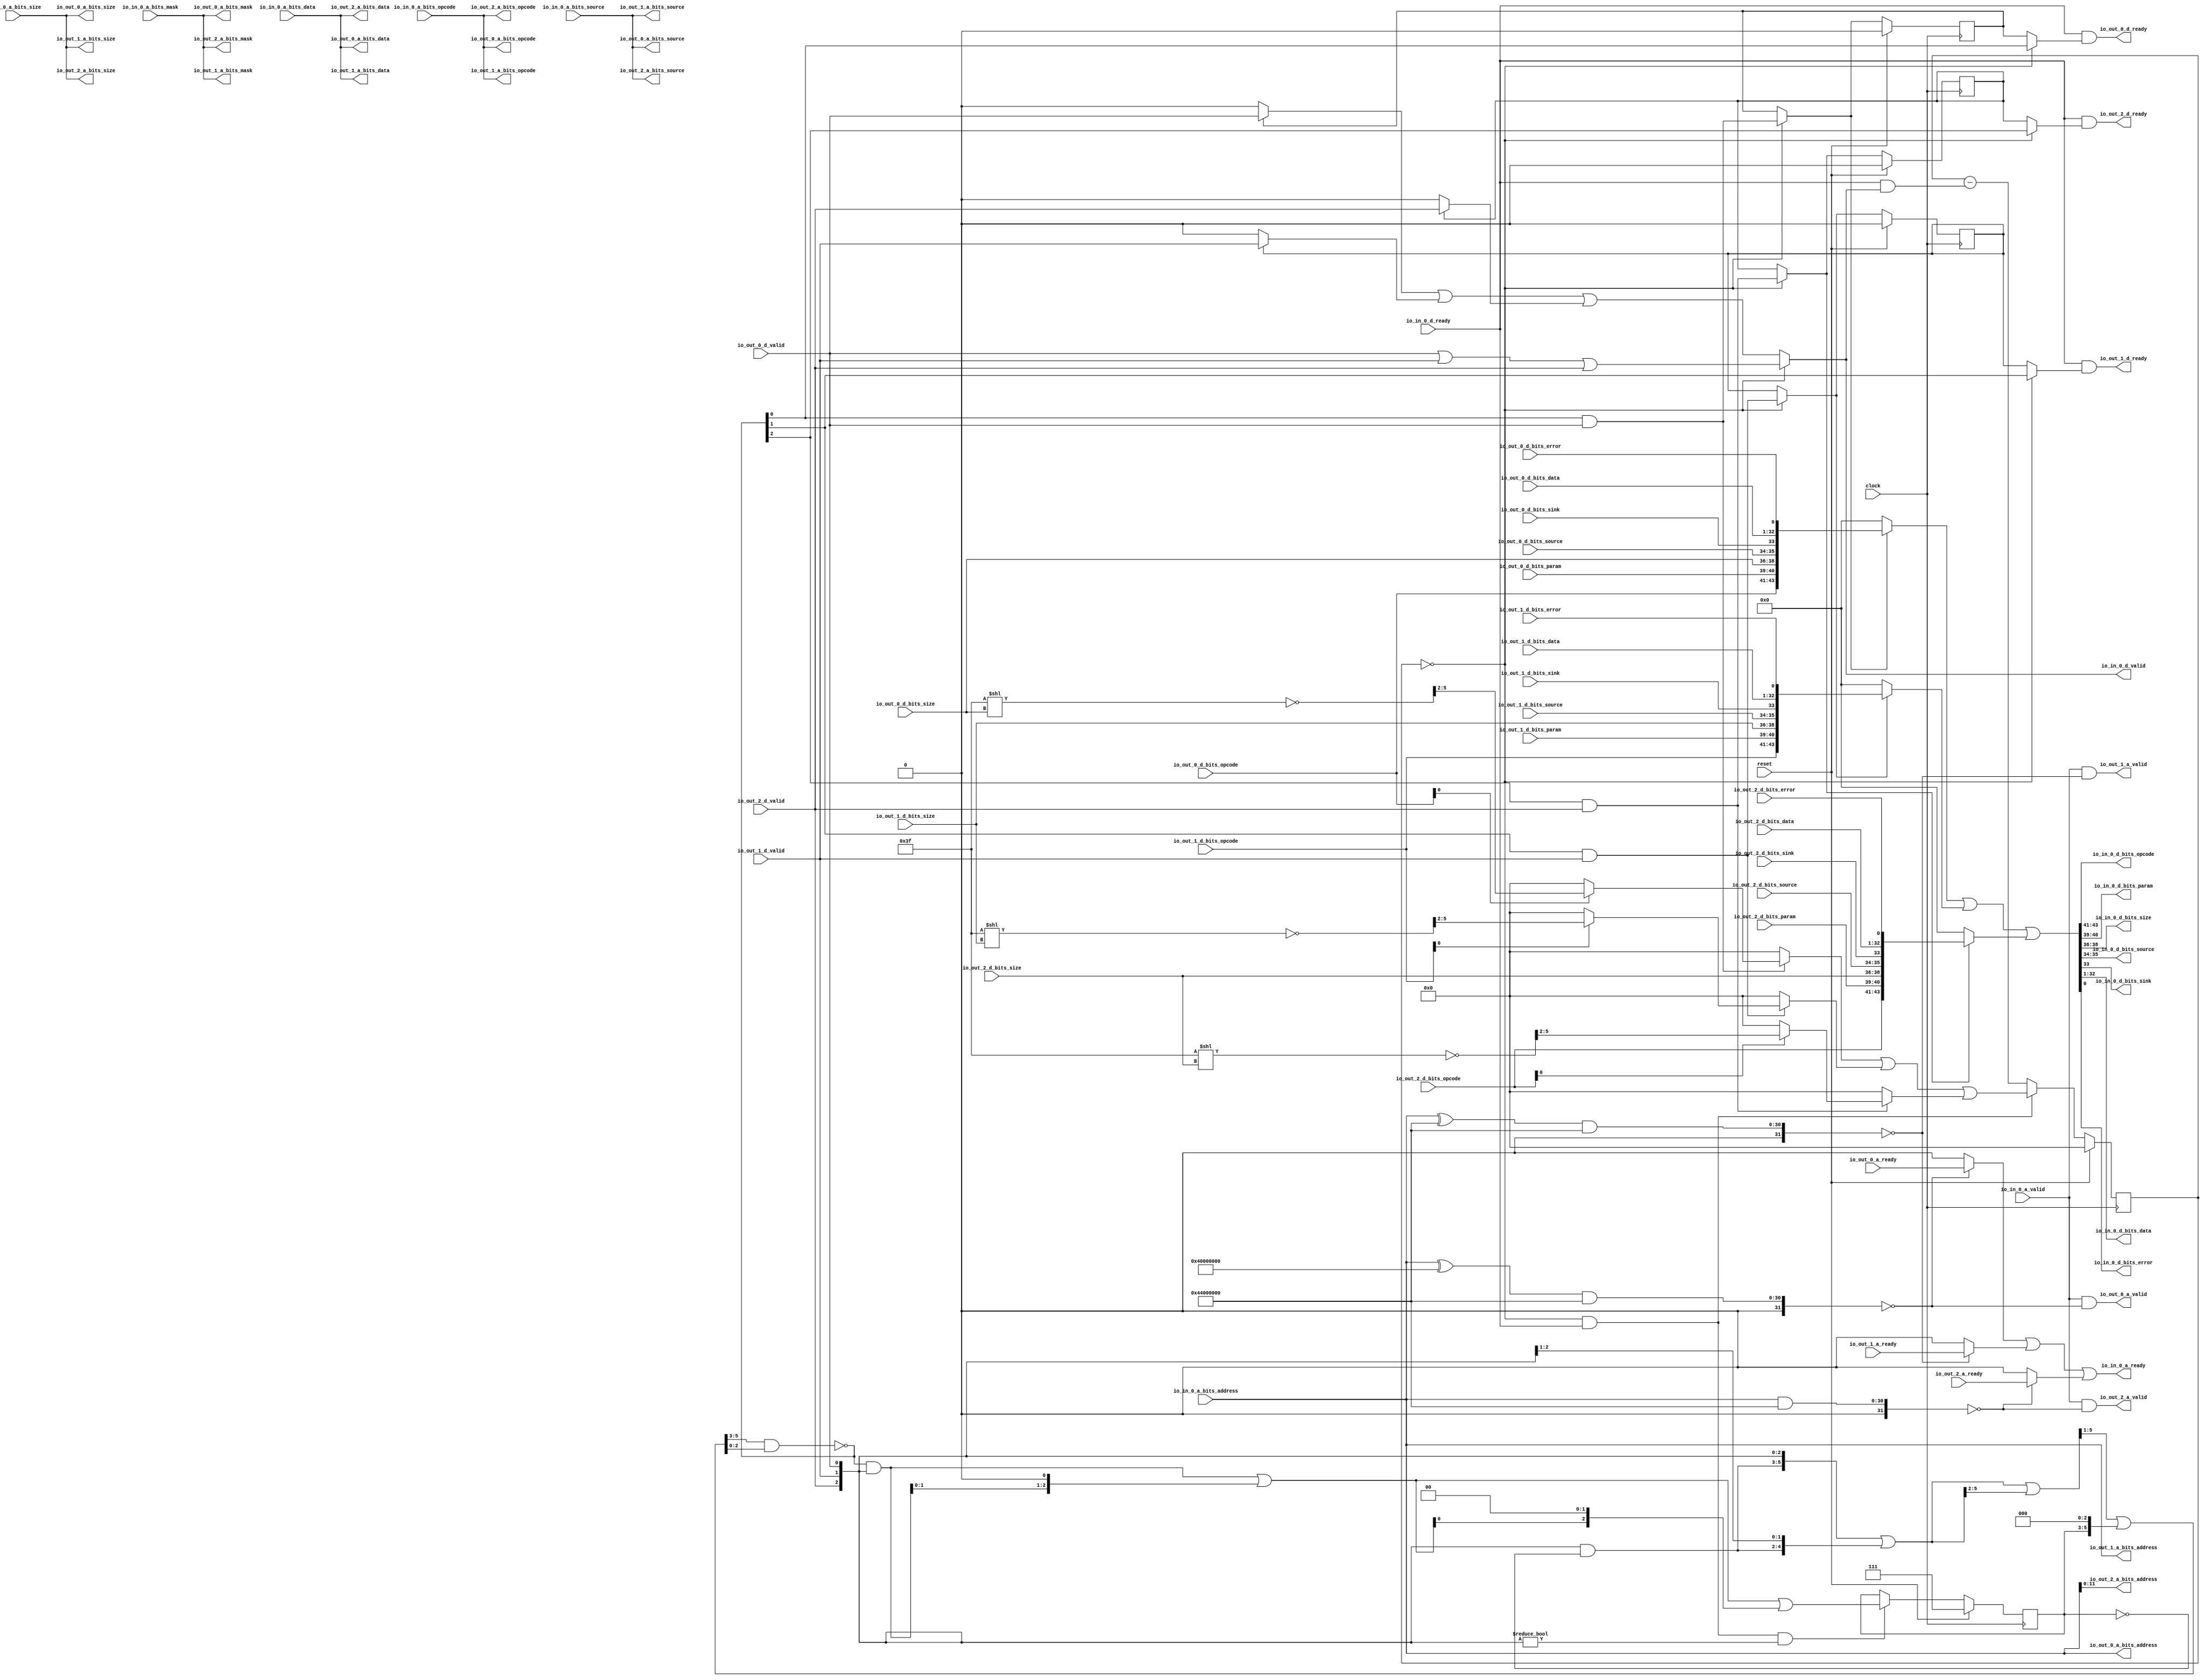
// Copyright (c) 2017, Microsemi Corporation
// All rights reserved.
//
// Redistribution and use in source and binary forms, with or without
// modification, are permitted provided that the following conditions are met:
//     * Redistributions of source code must retain the above copyright
//       notice, this list of conditions and the following disclaimer.
//     * Redistributions in binary form must reproduce the above copyright
//       notice, this list of conditions and the following disclaimer in the
//       documentation and/or other materials provided with the distribution.
//     * Neither the name of the <organization> nor the
//       names of its contributors may be used to endorse or promote products
//       derived from this software without specific prior written permission.
//
// THIS SOFTWARE IS PROVIDED BY THE COPYRIGHT HOLDERS AND CONTRIBUTORS "AS IS" AND
// ANY EXPRESS OR IMPLIED WARRANTIES, INCLUDING, BUT NOT LIMITED TO, THE IMPLIED
// WARRANTIES OF MERCHANTABILITY AND FITNESS FOR A PARTICULAR PURPOSE ARE
// DISCLAIMED. IN NO EVENT SHALL MICROSEMI CORPORATIONM BE LIABLE FOR ANY
// DIRECT, INDIRECT, INCIDENTAL, SPECIAL, EXEMPLARY, OR CONSEQUENTIAL DAMAGES
// (INCLUDING, BUT NOT LIMITED TO, PROCUREMENT OF SUBSTITUTE GOODS OR SERVICES;
// LOSS OF USE, DATA, OR PROFITS; OR BUSINESS INTERRUPTION) HOWEVER CAUSED AND
// ON ANY THEORY OF LIABILITY, WHETHER IN CONTRACT, STRICT LIABILITY, OR TORT
// (INCLUDING NEGLIGENCE OR OTHERWISE) ARISING IN ANY WAY OUT OF THE USE OF THIS
// SOFTWARE, EVEN IF ADVISED OF THE POSSIBILITY OF SUCH DAMAGE.
//
// APACHE LICENSE
// Copyright (c) 2017, Microsemi Corporation 
//
// Licensed under the Apache License, Version 2.0 (the "License");
// you may not use this file except in compliance with the License.
// You may obtain a copy of the License at
//
//    http://www.apache.org/licenses/LICENSE-2.0
//
// Unless required by applicable law or agreed to in writing, software
// distributed under the License is distributed on an "AS IS" BASIS,
// WITHOUT WARRANTIES OR CONDITIONS OF ANY KIND, either express or implied.
// See the License for the specific language governing permissions and
// limitations under the License.
//
// Description:
//
// SVN Revision Information:
// SVN $Revision: $
// SVN $Date: $
//
// Resolved SARs
// SAR      Date     Who   Description
//
// Notes:
//
// ****************************************************************************/
`define RANDOMIZE
`timescale 1ns/10ps
module PROC_SUBSYSTEM_MIV_RV32IMA_L1_AHB_0_MIV_RV32IMA_L1_AHB_TL_XBAR_PERIPHERY_BUS(
  input         clock,
  input         reset,
  output        io_in_0_a_ready,
  input         io_in_0_a_valid,
  input  [2:0]  io_in_0_a_bits_opcode,
  input  [2:0]  io_in_0_a_bits_size,
  input  [1:0]  io_in_0_a_bits_source,
  input  [30:0] io_in_0_a_bits_address,
  input  [3:0]  io_in_0_a_bits_mask,
  input  [31:0] io_in_0_a_bits_data,
  input         io_in_0_d_ready,
  output        io_in_0_d_valid,
  output [2:0]  io_in_0_d_bits_opcode,
  output [1:0]  io_in_0_d_bits_param,
  output [2:0]  io_in_0_d_bits_size,
  output [1:0]  io_in_0_d_bits_source,
  output        io_in_0_d_bits_sink,
  output [31:0] io_in_0_d_bits_data,
  output        io_in_0_d_bits_error,
  input         io_out_2_a_ready,
  output        io_out_2_a_valid,
  output [2:0]  io_out_2_a_bits_opcode,
  output [2:0]  io_out_2_a_bits_size,
  output [1:0]  io_out_2_a_bits_source,
  output [11:0] io_out_2_a_bits_address,
  output [3:0]  io_out_2_a_bits_mask,
  output [31:0] io_out_2_a_bits_data,
  output        io_out_2_d_ready,
  input         io_out_2_d_valid,
  input  [2:0]  io_out_2_d_bits_opcode,
  input  [1:0]  io_out_2_d_bits_param,
  input  [2:0]  io_out_2_d_bits_size,
  input  [1:0]  io_out_2_d_bits_source,
  input         io_out_2_d_bits_sink,
  input  [31:0] io_out_2_d_bits_data,
  input         io_out_2_d_bits_error,
  input         io_out_1_a_ready,
  output        io_out_1_a_valid,
  output [2:0]  io_out_1_a_bits_opcode,
  output [2:0]  io_out_1_a_bits_size,
  output [1:0]  io_out_1_a_bits_source,
  output [30:0] io_out_1_a_bits_address,
  output [3:0]  io_out_1_a_bits_mask,
  output [31:0] io_out_1_a_bits_data,
  output        io_out_1_d_ready,
  input         io_out_1_d_valid,
  input  [2:0]  io_out_1_d_bits_opcode,
  input  [1:0]  io_out_1_d_bits_param,
  input  [2:0]  io_out_1_d_bits_size,
  input  [1:0]  io_out_1_d_bits_source,
  input         io_out_1_d_bits_sink,
  input  [31:0] io_out_1_d_bits_data,
  input         io_out_1_d_bits_error,
  input         io_out_0_a_ready,
  output        io_out_0_a_valid,
  output [2:0]  io_out_0_a_bits_opcode,
  output [2:0]  io_out_0_a_bits_size,
  output [1:0]  io_out_0_a_bits_source,
  output [30:0] io_out_0_a_bits_address,
  output [3:0]  io_out_0_a_bits_mask,
  output [31:0] io_out_0_a_bits_data,
  output        io_out_0_d_ready,
  input         io_out_0_d_valid,
  input  [2:0]  io_out_0_d_bits_opcode,
  input  [1:0]  io_out_0_d_bits_param,
  input  [2:0]  io_out_0_d_bits_size,
  input  [1:0]  io_out_0_d_bits_source,
  input         io_out_0_d_bits_sink,
  input  [31:0] io_out_0_d_bits_data,
  input         io_out_0_d_bits_error
);
  wire [30:0] _T_756;
  wire [31:0] _T_757;
  wire [31:0] _T_759;
  wire [31:0] _T_760;
  wire  _T_762;
  wire [30:0] _T_764;
  wire [31:0] _T_765;
  wire [31:0] _T_767;
  wire [31:0] _T_768;
  wire  _T_770;
  wire [31:0] _T_773;
  wire [31:0] _T_775;
  wire [31:0] _T_776;
  wire  _T_778;
  wire [12:0] _T_1364;
  wire [5:0] _T_1365;
  wire [5:0] _T_1366;
  wire [3:0] _T_1367;
  wire  _T_1368;
  wire [3:0] _T_1370;
  wire [12:0] _T_1373;
  wire [5:0] _T_1374;
  wire [5:0] _T_1375;
  wire [3:0] _T_1376;
  wire  _T_1377;
  wire [3:0] _T_1379;
  wire [12:0] _T_1382;
  wire [5:0] _T_1383;
  wire [5:0] _T_1384;
  wire [3:0] _T_1385;
  wire  _T_1386;
  wire [3:0] _T_1388;
  wire  _T_1446;
  wire  _T_1447;
  wire  _T_1448;
  wire  _T_1451;
  wire  _T_1453;
  wire  _T_1455;
  wire  _T_1456;
  wire  _T_1457;
  wire  _T_1752;
  wire  _T_1759;
  wire  _T_1760;
  wire  _T_1762;
  wire  _T_1826;
  wire  _T_1833;
  wire  _T_1834;
  wire  _T_1836;
  wire  _T_1900;
  wire  _T_1907;
  wire  _T_1908;
  wire  _T_1910;
  reg [3:0] _T_1951;
  reg [31:0] _RAND_0;
  wire  _T_1953;
  wire  _T_1954;
  wire [1:0] _T_1955;
  wire [2:0] _T_1956;
  wire  _T_1958;
  wire  _T_1959;
  wire  _T_1961;
  reg [2:0] _T_1965;
  reg [31:0] _RAND_1;
  wire [2:0] _T_1966;
  wire [2:0] _T_1967;
  wire [5:0] _T_1968;
  wire [4:0] _T_1969;
  wire [5:0] _GEN_4;
  wire [5:0] _T_1970;
  wire [3:0] _T_1971;
  wire [5:0] _GEN_5;
  wire [5:0] _T_1972;
  wire [4:0] _T_1974;
  wire [5:0] _GEN_6;
  wire [5:0] _T_1975;
  wire [5:0] _GEN_7;
  wire [5:0] _T_1976;
  wire [2:0] _T_1977;
  wire [2:0] _T_1978;
  wire [2:0] _T_1979;
  wire [2:0] _T_1980;
  wire  _T_1982;
  wire  _T_1983;
  wire [2:0] _T_1984;
  wire [3:0] _GEN_8;
  wire [3:0] _T_1985;
  wire [2:0] _T_1986;
  wire [2:0] _T_1987;
  wire [4:0] _GEN_9;
  wire [4:0] _T_1988;
  wire [2:0] _T_1989;
  wire [2:0] _T_1990;
  wire [2:0] _GEN_0;
  wire  _T_1993;
  wire  _T_1994;
  wire  _T_1995;
  wire  _T_2004;
  wire  _T_2005;
  wire  _T_2006;
  wire  _T_2017;
  wire  _T_2018;
  wire  _T_2022;
  wire  _T_2027;
  wire  _T_2028;
  wire  _T_2030;
  wire  _T_2032;
  wire  _T_2033;
  wire  _T_2035;
  wire  _T_2036;
  wire  _T_2038;
  wire  _T_2039;
  wire  _T_2040;
  wire  _T_2042;
  wire  _T_2045;
  wire  _T_2046;
  wire  _T_2048;
  wire [3:0] _T_2050;
  wire [3:0] _T_2052;
  wire [3:0] _T_2054;
  wire [3:0] _T_2055;
  wire [3:0] _T_2056;
  wire  _T_2057;
  wire [3:0] _GEN_10;
  wire [4:0] _T_2058;
  wire [4:0] _T_2059;
  wire [3:0] _T_2060;
  wire [3:0] _T_2061;
  reg  _T_2083_0;
  reg [31:0] _RAND_2;
  reg  _T_2083_1;
  reg [31:0] _RAND_3;
  reg  _T_2083_2;
  reg [31:0] _RAND_4;
  wire  _T_2097_0;
  wire  _T_2097_1;
  wire  _T_2097_2;
  wire  _T_2107_0;
  wire  _T_2107_1;
  wire  _T_2107_2;
  wire  _T_2117;
  wire  _T_2118;
  wire  _T_2119;
  wire  _T_2124;
  wire  _T_2126;
  wire  _T_2128;
  wire  _T_2129;
  wire  _T_2130;
  wire  _T_2133;
  wire [32:0] _T_2135;
  wire [33:0] _T_2136;
  wire [4:0] _T_2137;
  wire [4:0] _T_2138;
  wire [9:0] _T_2139;
  wire [43:0] _T_2140;
  wire [43:0] _T_2142;
  wire [32:0] _T_2143;
  wire [33:0] _T_2144;
  wire [4:0] _T_2145;
  wire [4:0] _T_2146;
  wire [9:0] _T_2147;
  wire [43:0] _T_2148;
  wire [43:0] _T_2150;
  wire [32:0] _T_2151;
  wire [33:0] _T_2152;
  wire [4:0] _T_2153;
  wire [4:0] _T_2154;
  wire [9:0] _T_2155;
  wire [43:0] _T_2156;
  wire [43:0] _T_2158;
  wire [43:0] _T_2159;
  wire [43:0] _T_2160;
  wire  _T_2165;
  wire [31:0] _T_2166;
  wire  _T_2167;
  wire [1:0] _T_2168;
  wire [2:0] _T_2169;
  wire [1:0] _T_2170;
  wire [2:0] _T_2171;
  assign io_in_0_a_ready = _T_1457;
  assign io_in_0_d_valid = _T_2133;
  assign io_in_0_d_bits_opcode = _T_2171;
  assign io_in_0_d_bits_param = _T_2170;
  assign io_in_0_d_bits_size = _T_2169;
  assign io_in_0_d_bits_source = _T_2168;
  assign io_in_0_d_bits_sink = _T_2167;
  assign io_in_0_d_bits_data = _T_2166;
  assign io_in_0_d_bits_error = _T_2165;
  assign io_out_2_a_valid = _T_1448;
  assign io_out_2_a_bits_opcode = io_in_0_a_bits_opcode;
  assign io_out_2_a_bits_size = io_in_0_a_bits_size;
  assign io_out_2_a_bits_source = io_in_0_a_bits_source;
  assign io_out_2_a_bits_address = io_in_0_a_bits_address[11:0];
  assign io_out_2_a_bits_mask = io_in_0_a_bits_mask;
  assign io_out_2_a_bits_data = io_in_0_a_bits_data;
  assign io_out_2_d_ready = _T_2119;
  assign io_out_1_a_valid = _T_1447;
  assign io_out_1_a_bits_opcode = io_in_0_a_bits_opcode;
  assign io_out_1_a_bits_size = io_in_0_a_bits_size;
  assign io_out_1_a_bits_source = io_in_0_a_bits_source;
  assign io_out_1_a_bits_address = io_in_0_a_bits_address;
  assign io_out_1_a_bits_mask = io_in_0_a_bits_mask;
  assign io_out_1_a_bits_data = io_in_0_a_bits_data;
  assign io_out_1_d_ready = _T_2118;
  assign io_out_0_a_valid = _T_1446;
  assign io_out_0_a_bits_opcode = io_in_0_a_bits_opcode;
  assign io_out_0_a_bits_size = io_in_0_a_bits_size;
  assign io_out_0_a_bits_source = io_in_0_a_bits_source;
  assign io_out_0_a_bits_address = io_in_0_a_bits_address;
  assign io_out_0_a_bits_mask = io_in_0_a_bits_mask;
  assign io_out_0_a_bits_data = io_in_0_a_bits_data;
  assign io_out_0_d_ready = _T_2117;
  assign _T_756 = io_in_0_a_bits_address ^ 31'h40000000;
  assign _T_757 = {1'b0,$signed(_T_756)};
  assign _T_759 = $signed(_T_757) & $signed(32'sh44000000);
  assign _T_760 = $signed(_T_759);
  assign _T_762 = $signed(_T_760) == $signed(32'sh0);
  assign _T_764 = io_in_0_a_bits_address ^ 31'h44000000;
  assign _T_765 = {1'b0,$signed(_T_764)};
  assign _T_767 = $signed(_T_765) & $signed(32'sh44000000);
  assign _T_768 = $signed(_T_767);
  assign _T_770 = $signed(_T_768) == $signed(32'sh0);
  assign _T_773 = {1'b0,$signed(io_in_0_a_bits_address)};
  assign _T_775 = $signed(_T_773) & $signed(32'sh44000000);
  assign _T_776 = $signed(_T_775);
  assign _T_778 = $signed(_T_776) == $signed(32'sh0);
  assign _T_1364 = 13'h3f << io_out_0_d_bits_size;
  assign _T_1365 = _T_1364[5:0];
  assign _T_1366 = ~ _T_1365;
  assign _T_1367 = _T_1366[5:2];
  assign _T_1368 = io_out_0_d_bits_opcode[0];
  assign _T_1370 = _T_1368 ? _T_1367 : 4'h0;
  assign _T_1373 = 13'h3f << io_out_1_d_bits_size;
  assign _T_1374 = _T_1373[5:0];
  assign _T_1375 = ~ _T_1374;
  assign _T_1376 = _T_1375[5:2];
  assign _T_1377 = io_out_1_d_bits_opcode[0];
  assign _T_1379 = _T_1377 ? _T_1376 : 4'h0;
  assign _T_1382 = 13'h3f << io_out_2_d_bits_size;
  assign _T_1383 = _T_1382[5:0];
  assign _T_1384 = ~ _T_1383;
  assign _T_1385 = _T_1384[5:2];
  assign _T_1386 = io_out_2_d_bits_opcode[0];
  assign _T_1388 = _T_1386 ? _T_1385 : 4'h0;
  assign _T_1446 = io_in_0_a_valid & _T_762;
  assign _T_1447 = io_in_0_a_valid & _T_770;
  assign _T_1448 = io_in_0_a_valid & _T_778;
  assign _T_1451 = _T_762 ? io_out_0_a_ready : 1'h0;
  assign _T_1453 = _T_770 ? io_out_1_a_ready : 1'h0;
  assign _T_1455 = _T_778 ? io_out_2_a_ready : 1'h0;
  assign _T_1456 = _T_1451 | _T_1453;
  assign _T_1457 = _T_1456 | _T_1455;
  assign _T_1752 = _T_1446 == 1'h0;
  assign _T_1759 = _T_1752 | _T_1446;
  assign _T_1760 = _T_1759 | reset;
  assign _T_1762 = _T_1760 == 1'h0;
  assign _T_1826 = _T_1447 == 1'h0;
  assign _T_1833 = _T_1826 | _T_1447;
  assign _T_1834 = _T_1833 | reset;
  assign _T_1836 = _T_1834 == 1'h0;
  assign _T_1900 = _T_1448 == 1'h0;
  assign _T_1907 = _T_1900 | _T_1448;
  assign _T_1908 = _T_1907 | reset;
  assign _T_1910 = _T_1908 == 1'h0;
  assign _T_1953 = _T_1951 == 4'h0;
  assign _T_1954 = _T_1953 & io_in_0_d_ready;
  assign _T_1955 = {io_out_2_d_valid,io_out_1_d_valid};
  assign _T_1956 = {_T_1955,io_out_0_d_valid};
  assign _T_1958 = _T_1956 == _T_1956;
  assign _T_1959 = _T_1958 | reset;
  assign _T_1961 = _T_1959 == 1'h0;
  assign _T_1966 = ~ _T_1965;
  assign _T_1967 = _T_1956 & _T_1966;
  assign _T_1968 = {_T_1967,_T_1956};
  assign _T_1969 = _T_1968[5:1];
  assign _GEN_4 = {{1'd0}, _T_1969};
  assign _T_1970 = _T_1968 | _GEN_4;
  assign _T_1971 = _T_1970[5:2];
  assign _GEN_5 = {{2'd0}, _T_1971};
  assign _T_1972 = _T_1970 | _GEN_5;
  assign _T_1974 = _T_1972[5:1];
  assign _GEN_6 = {{3'd0}, _T_1965};
  assign _T_1975 = _GEN_6 << 3;
  assign _GEN_7 = {{1'd0}, _T_1974};
  assign _T_1976 = _GEN_7 | _T_1975;
  assign _T_1977 = _T_1976[5:3];
  assign _T_1978 = _T_1976[2:0];
  assign _T_1979 = _T_1977 & _T_1978;
  assign _T_1980 = ~ _T_1979;
  assign _T_1982 = _T_1956 != 3'h0;
  assign _T_1983 = _T_1954 & _T_1982;
  assign _T_1984 = _T_1980 & _T_1956;
  assign _GEN_8 = {{1'd0}, _T_1984};
  assign _T_1985 = _GEN_8 << 1;
  assign _T_1986 = _T_1985[2:0];
  assign _T_1987 = _T_1984 | _T_1986;
  assign _GEN_9 = {{2'd0}, _T_1987};
  assign _T_1988 = _GEN_9 << 2;
  assign _T_1989 = _T_1988[2:0];
  assign _T_1990 = _T_1987 | _T_1989;
  assign _GEN_0 = _T_1983 ? _T_1990 : _T_1965;
  assign _T_1993 = _T_1980[0];
  assign _T_1994 = _T_1980[1];
  assign _T_1995 = _T_1980[2];
  assign _T_2004 = _T_1993 & io_out_0_d_valid;
  assign _T_2005 = _T_1994 & io_out_1_d_valid;
  assign _T_2006 = _T_1995 & io_out_2_d_valid;
  assign _T_2017 = _T_2004 | _T_2005;
  assign _T_2018 = _T_2017 | _T_2006;
  assign _T_2022 = _T_2004 == 1'h0;
  assign _T_2027 = _T_2005 == 1'h0;
  assign _T_2028 = _T_2022 | _T_2027;
  assign _T_2030 = _T_2017 == 1'h0;
  assign _T_2032 = _T_2006 == 1'h0;
  assign _T_2033 = _T_2030 | _T_2032;
  assign _T_2035 = _T_2028 & _T_2033;
  assign _T_2036 = _T_2035 | reset;
  assign _T_2038 = _T_2036 == 1'h0;
  assign _T_2039 = io_out_0_d_valid | io_out_1_d_valid;
  assign _T_2040 = _T_2039 | io_out_2_d_valid;
  assign _T_2042 = _T_2040 == 1'h0;
  assign _T_2045 = _T_2042 | _T_2018;
  assign _T_2046 = _T_2045 | reset;
  assign _T_2048 = _T_2046 == 1'h0;
  assign _T_2050 = _T_2004 ? _T_1370 : 4'h0;
  assign _T_2052 = _T_2005 ? _T_1379 : 4'h0;
  assign _T_2054 = _T_2006 ? _T_1388 : 4'h0;
  assign _T_2055 = _T_2050 | _T_2052;
  assign _T_2056 = _T_2055 | _T_2054;
  assign _T_2057 = io_in_0_d_ready & _T_2133;
  assign _GEN_10 = {{3'd0}, _T_2057};
  assign _T_2058 = _T_1951 - _GEN_10;
  assign _T_2059 = $unsigned(_T_2058);
  assign _T_2060 = _T_2059[3:0];
  assign _T_2061 = _T_1954 ? _T_2056 : _T_2060;
  assign _T_2097_0 = _T_1953 ? _T_2004 : _T_2083_0;
  assign _T_2097_1 = _T_1953 ? _T_2005 : _T_2083_1;
  assign _T_2097_2 = _T_1953 ? _T_2006 : _T_2083_2;
  assign _T_2107_0 = _T_1953 ? _T_1993 : _T_2083_0;
  assign _T_2107_1 = _T_1953 ? _T_1994 : _T_2083_1;
  assign _T_2107_2 = _T_1953 ? _T_1995 : _T_2083_2;
  assign _T_2117 = io_in_0_d_ready & _T_2107_0;
  assign _T_2118 = io_in_0_d_ready & _T_2107_1;
  assign _T_2119 = io_in_0_d_ready & _T_2107_2;
  assign _T_2124 = _T_2083_0 ? io_out_0_d_valid : 1'h0;
  assign _T_2126 = _T_2083_1 ? io_out_1_d_valid : 1'h0;
  assign _T_2128 = _T_2083_2 ? io_out_2_d_valid : 1'h0;
  assign _T_2129 = _T_2124 | _T_2126;
  assign _T_2130 = _T_2129 | _T_2128;
  assign _T_2133 = _T_1953 ? _T_2040 : _T_2130;
  assign _T_2135 = {io_out_0_d_bits_sink,io_out_0_d_bits_data};
  assign _T_2136 = {_T_2135,io_out_0_d_bits_error};
  assign _T_2137 = {io_out_0_d_bits_size,io_out_0_d_bits_source};
  assign _T_2138 = {io_out_0_d_bits_opcode,io_out_0_d_bits_param};
  assign _T_2139 = {_T_2138,_T_2137};
  assign _T_2140 = {_T_2139,_T_2136};
  assign _T_2142 = _T_2097_0 ? _T_2140 : 44'h0;
  assign _T_2143 = {io_out_1_d_bits_sink,io_out_1_d_bits_data};
  assign _T_2144 = {_T_2143,io_out_1_d_bits_error};
  assign _T_2145 = {io_out_1_d_bits_size,io_out_1_d_bits_source};
  assign _T_2146 = {io_out_1_d_bits_opcode,io_out_1_d_bits_param};
  assign _T_2147 = {_T_2146,_T_2145};
  assign _T_2148 = {_T_2147,_T_2144};
  assign _T_2150 = _T_2097_1 ? _T_2148 : 44'h0;
  assign _T_2151 = {io_out_2_d_bits_sink,io_out_2_d_bits_data};
  assign _T_2152 = {_T_2151,io_out_2_d_bits_error};
  assign _T_2153 = {io_out_2_d_bits_size,io_out_2_d_bits_source};
  assign _T_2154 = {io_out_2_d_bits_opcode,io_out_2_d_bits_param};
  assign _T_2155 = {_T_2154,_T_2153};
  assign _T_2156 = {_T_2155,_T_2152};
  assign _T_2158 = _T_2097_2 ? _T_2156 : 44'h0;
  assign _T_2159 = _T_2142 | _T_2150;
  assign _T_2160 = _T_2159 | _T_2158;
  assign _T_2165 = _T_2160[0];
  assign _T_2166 = _T_2160[32:1];
  assign _T_2167 = _T_2160[33];
  assign _T_2168 = _T_2160[35:34];
  assign _T_2169 = _T_2160[38:36];
  assign _T_2170 = _T_2160[40:39];
  assign _T_2171 = _T_2160[43:41];
`ifdef RANDOMIZE
  integer initvar;
  initial begin
    `ifndef verilator
      #0.002 begin end
    `endif
  `ifdef RANDOMIZE_REG_INIT
  _RAND_0 = {1{$random}};
  _T_1951 = _RAND_0[3:0];
  `endif // RANDOMIZE_REG_INIT
  `ifdef RANDOMIZE_REG_INIT
  _RAND_1 = {1{$random}};
  _T_1965 = _RAND_1[2:0];
  `endif // RANDOMIZE_REG_INIT
  `ifdef RANDOMIZE_REG_INIT
  _RAND_2 = {1{$random}};
  _T_2083_0 = _RAND_2[0:0];
  `endif // RANDOMIZE_REG_INIT
  `ifdef RANDOMIZE_REG_INIT
  _RAND_3 = {1{$random}};
  _T_2083_1 = _RAND_3[0:0];
  `endif // RANDOMIZE_REG_INIT
  `ifdef RANDOMIZE_REG_INIT
  _RAND_4 = {1{$random}};
  _T_2083_2 = _RAND_4[0:0];
  `endif // RANDOMIZE_REG_INIT
  end
`endif // RANDOMIZE
  always @(posedge clock) begin
    if (reset) begin
      _T_1951 <= 4'h0;
    end else begin
      if (_T_1954) begin
        _T_1951 <= _T_2056;
      end else begin
        _T_1951 <= _T_2060;
      end
    end
    if (reset) begin
      _T_1965 <= 3'h7;
    end else begin
      if (_T_1983) begin
        _T_1965 <= _T_1990;
      end
    end
    if (reset) begin
      _T_2083_0 <= 1'h0;
    end else begin
      if (_T_1953) begin
        _T_2083_0 <= _T_2004;
      end
    end
    if (reset) begin
      _T_2083_1 <= 1'h0;
    end else begin
      if (_T_1953) begin
        _T_2083_1 <= _T_2005;
      end
    end
    if (reset) begin
      _T_2083_2 <= 1'h0;
    end else begin
      if (_T_1953) begin
        _T_2083_2 <= _T_2006;
      end
    end
    `ifndef SYNTHESIS
    `ifdef PRINTF_COND
      if (`PRINTF_COND) begin
    `endif
        if (1'h0) begin
          $fwrite(32'h80000002,"Assertion failed\n    at Arbiter.scala:66 assert((prefixOR zip winner) map { case (p,w) => !p || !w } reduce {_ && _})\n");
        end
    `ifdef PRINTF_COND
      end
    `endif
    `endif // SYNTHESIS
    `ifndef SYNTHESIS
    `ifdef STOP_COND
      if (`STOP_COND) begin
    `endif
        if (1'h0) begin
          $fatal;
        end
    `ifdef STOP_COND
      end
    `endif
    `endif // SYNTHESIS
    `ifndef SYNTHESIS
    `ifdef PRINTF_COND
      if (`PRINTF_COND) begin
    `endif
        if (_T_1762) begin
          $fwrite(32'h80000002,"Assertion failed\n    at Arbiter.scala:68 assert (!valids.reduce(_||_) || winner.reduce(_||_))\n");
        end
    `ifdef PRINTF_COND
      end
    `endif
    `endif // SYNTHESIS
    `ifndef SYNTHESIS
    `ifdef STOP_COND
      if (`STOP_COND) begin
    `endif
        if (_T_1762) begin
          $fatal;
        end
    `ifdef STOP_COND
      end
    `endif
    `endif // SYNTHESIS
    `ifndef SYNTHESIS
    `ifdef PRINTF_COND
      if (`PRINTF_COND) begin
    `endif
        if (1'h0) begin
          $fwrite(32'h80000002,"Assertion failed\n    at Arbiter.scala:66 assert((prefixOR zip winner) map { case (p,w) => !p || !w } reduce {_ && _})\n");
        end
    `ifdef PRINTF_COND
      end
    `endif
    `endif // SYNTHESIS
    `ifndef SYNTHESIS
    `ifdef STOP_COND
      if (`STOP_COND) begin
    `endif
        if (1'h0) begin
          $fatal;
        end
    `ifdef STOP_COND
      end
    `endif
    `endif // SYNTHESIS
    `ifndef SYNTHESIS
    `ifdef PRINTF_COND
      if (`PRINTF_COND) begin
    `endif
        if (_T_1836) begin
          $fwrite(32'h80000002,"Assertion failed\n    at Arbiter.scala:68 assert (!valids.reduce(_||_) || winner.reduce(_||_))\n");
        end
    `ifdef PRINTF_COND
      end
    `endif
    `endif // SYNTHESIS
    `ifndef SYNTHESIS
    `ifdef STOP_COND
      if (`STOP_COND) begin
    `endif
        if (_T_1836) begin
          $fatal;
        end
    `ifdef STOP_COND
      end
    `endif
    `endif // SYNTHESIS
    `ifndef SYNTHESIS
    `ifdef PRINTF_COND
      if (`PRINTF_COND) begin
    `endif
        if (1'h0) begin
          $fwrite(32'h80000002,"Assertion failed\n    at Arbiter.scala:66 assert((prefixOR zip winner) map { case (p,w) => !p || !w } reduce {_ && _})\n");
        end
    `ifdef PRINTF_COND
      end
    `endif
    `endif // SYNTHESIS
    `ifndef SYNTHESIS
    `ifdef STOP_COND
      if (`STOP_COND) begin
    `endif
        if (1'h0) begin
          $fatal;
        end
    `ifdef STOP_COND
      end
    `endif
    `endif // SYNTHESIS
    `ifndef SYNTHESIS
    `ifdef PRINTF_COND
      if (`PRINTF_COND) begin
    `endif
        if (_T_1910) begin
          $fwrite(32'h80000002,"Assertion failed\n    at Arbiter.scala:68 assert (!valids.reduce(_||_) || winner.reduce(_||_))\n");
        end
    `ifdef PRINTF_COND
      end
    `endif
    `endif // SYNTHESIS
    `ifndef SYNTHESIS
    `ifdef STOP_COND
      if (`STOP_COND) begin
    `endif
        if (_T_1910) begin
          $fatal;
        end
    `ifdef STOP_COND
      end
    `endif
    `endif // SYNTHESIS
    `ifndef SYNTHESIS
    `ifdef PRINTF_COND
      if (`PRINTF_COND) begin
    `endif
        if (_T_1961) begin
          $fwrite(32'h80000002,"Assertion failed\n    at Arbiter.scala:19 assert (valid === valids)\n");
        end
    `ifdef PRINTF_COND
      end
    `endif
    `endif // SYNTHESIS
    `ifndef SYNTHESIS
    `ifdef STOP_COND
      if (`STOP_COND) begin
    `endif
        if (_T_1961) begin
          $fatal;
        end
    `ifdef STOP_COND
      end
    `endif
    `endif // SYNTHESIS
    `ifndef SYNTHESIS
    `ifdef PRINTF_COND
      if (`PRINTF_COND) begin
    `endif
        if (_T_2038) begin
          $fwrite(32'h80000002,"Assertion failed\n    at Arbiter.scala:66 assert((prefixOR zip winner) map { case (p,w) => !p || !w } reduce {_ && _})\n");
        end
    `ifdef PRINTF_COND
      end
    `endif
    `endif // SYNTHESIS
    `ifndef SYNTHESIS
    `ifdef STOP_COND
      if (`STOP_COND) begin
    `endif
        if (_T_2038) begin
          $fatal;
        end
    `ifdef STOP_COND
      end
    `endif
    `endif // SYNTHESIS
    `ifndef SYNTHESIS
    `ifdef PRINTF_COND
      if (`PRINTF_COND) begin
    `endif
        if (_T_2048) begin
          $fwrite(32'h80000002,"Assertion failed\n    at Arbiter.scala:68 assert (!valids.reduce(_||_) || winner.reduce(_||_))\n");
        end
    `ifdef PRINTF_COND
      end
    `endif
    `endif // SYNTHESIS
    `ifndef SYNTHESIS
    `ifdef STOP_COND
      if (`STOP_COND) begin
    `endif
        if (_T_2048) begin
          $fatal;
        end
    `ifdef STOP_COND
      end
    `endif
    `endif // SYNTHESIS
  end
endmodule